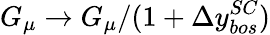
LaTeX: G_{\mu}\to G_{\mu}/(1+\Delta y_{bos}^{SC})